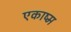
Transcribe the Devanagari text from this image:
एकाष्म